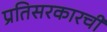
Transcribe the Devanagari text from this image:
प्रतिसरकारची